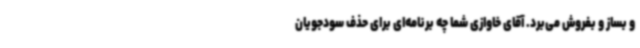
و بساز و بفروش می‌برد. آقای خاوازی شما چه برنامه‌ای برای حذف سودجویان